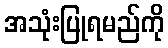
အသုံးပြုရမည်ကို